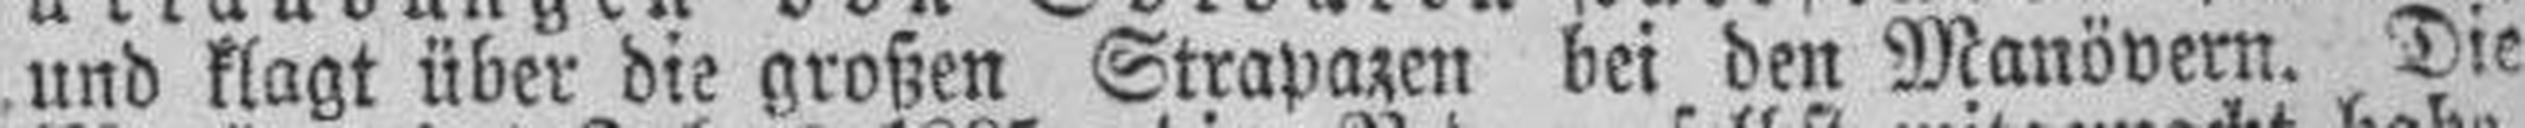
und klagt über die großen Strapazen bei den Manövern. Die